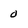
Character: 0